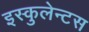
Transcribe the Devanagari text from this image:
इस्कुलेन्टस